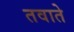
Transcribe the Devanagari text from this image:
तवाते